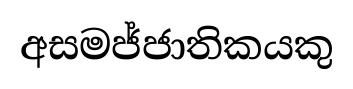
අසමජ්ජාතිකයකු